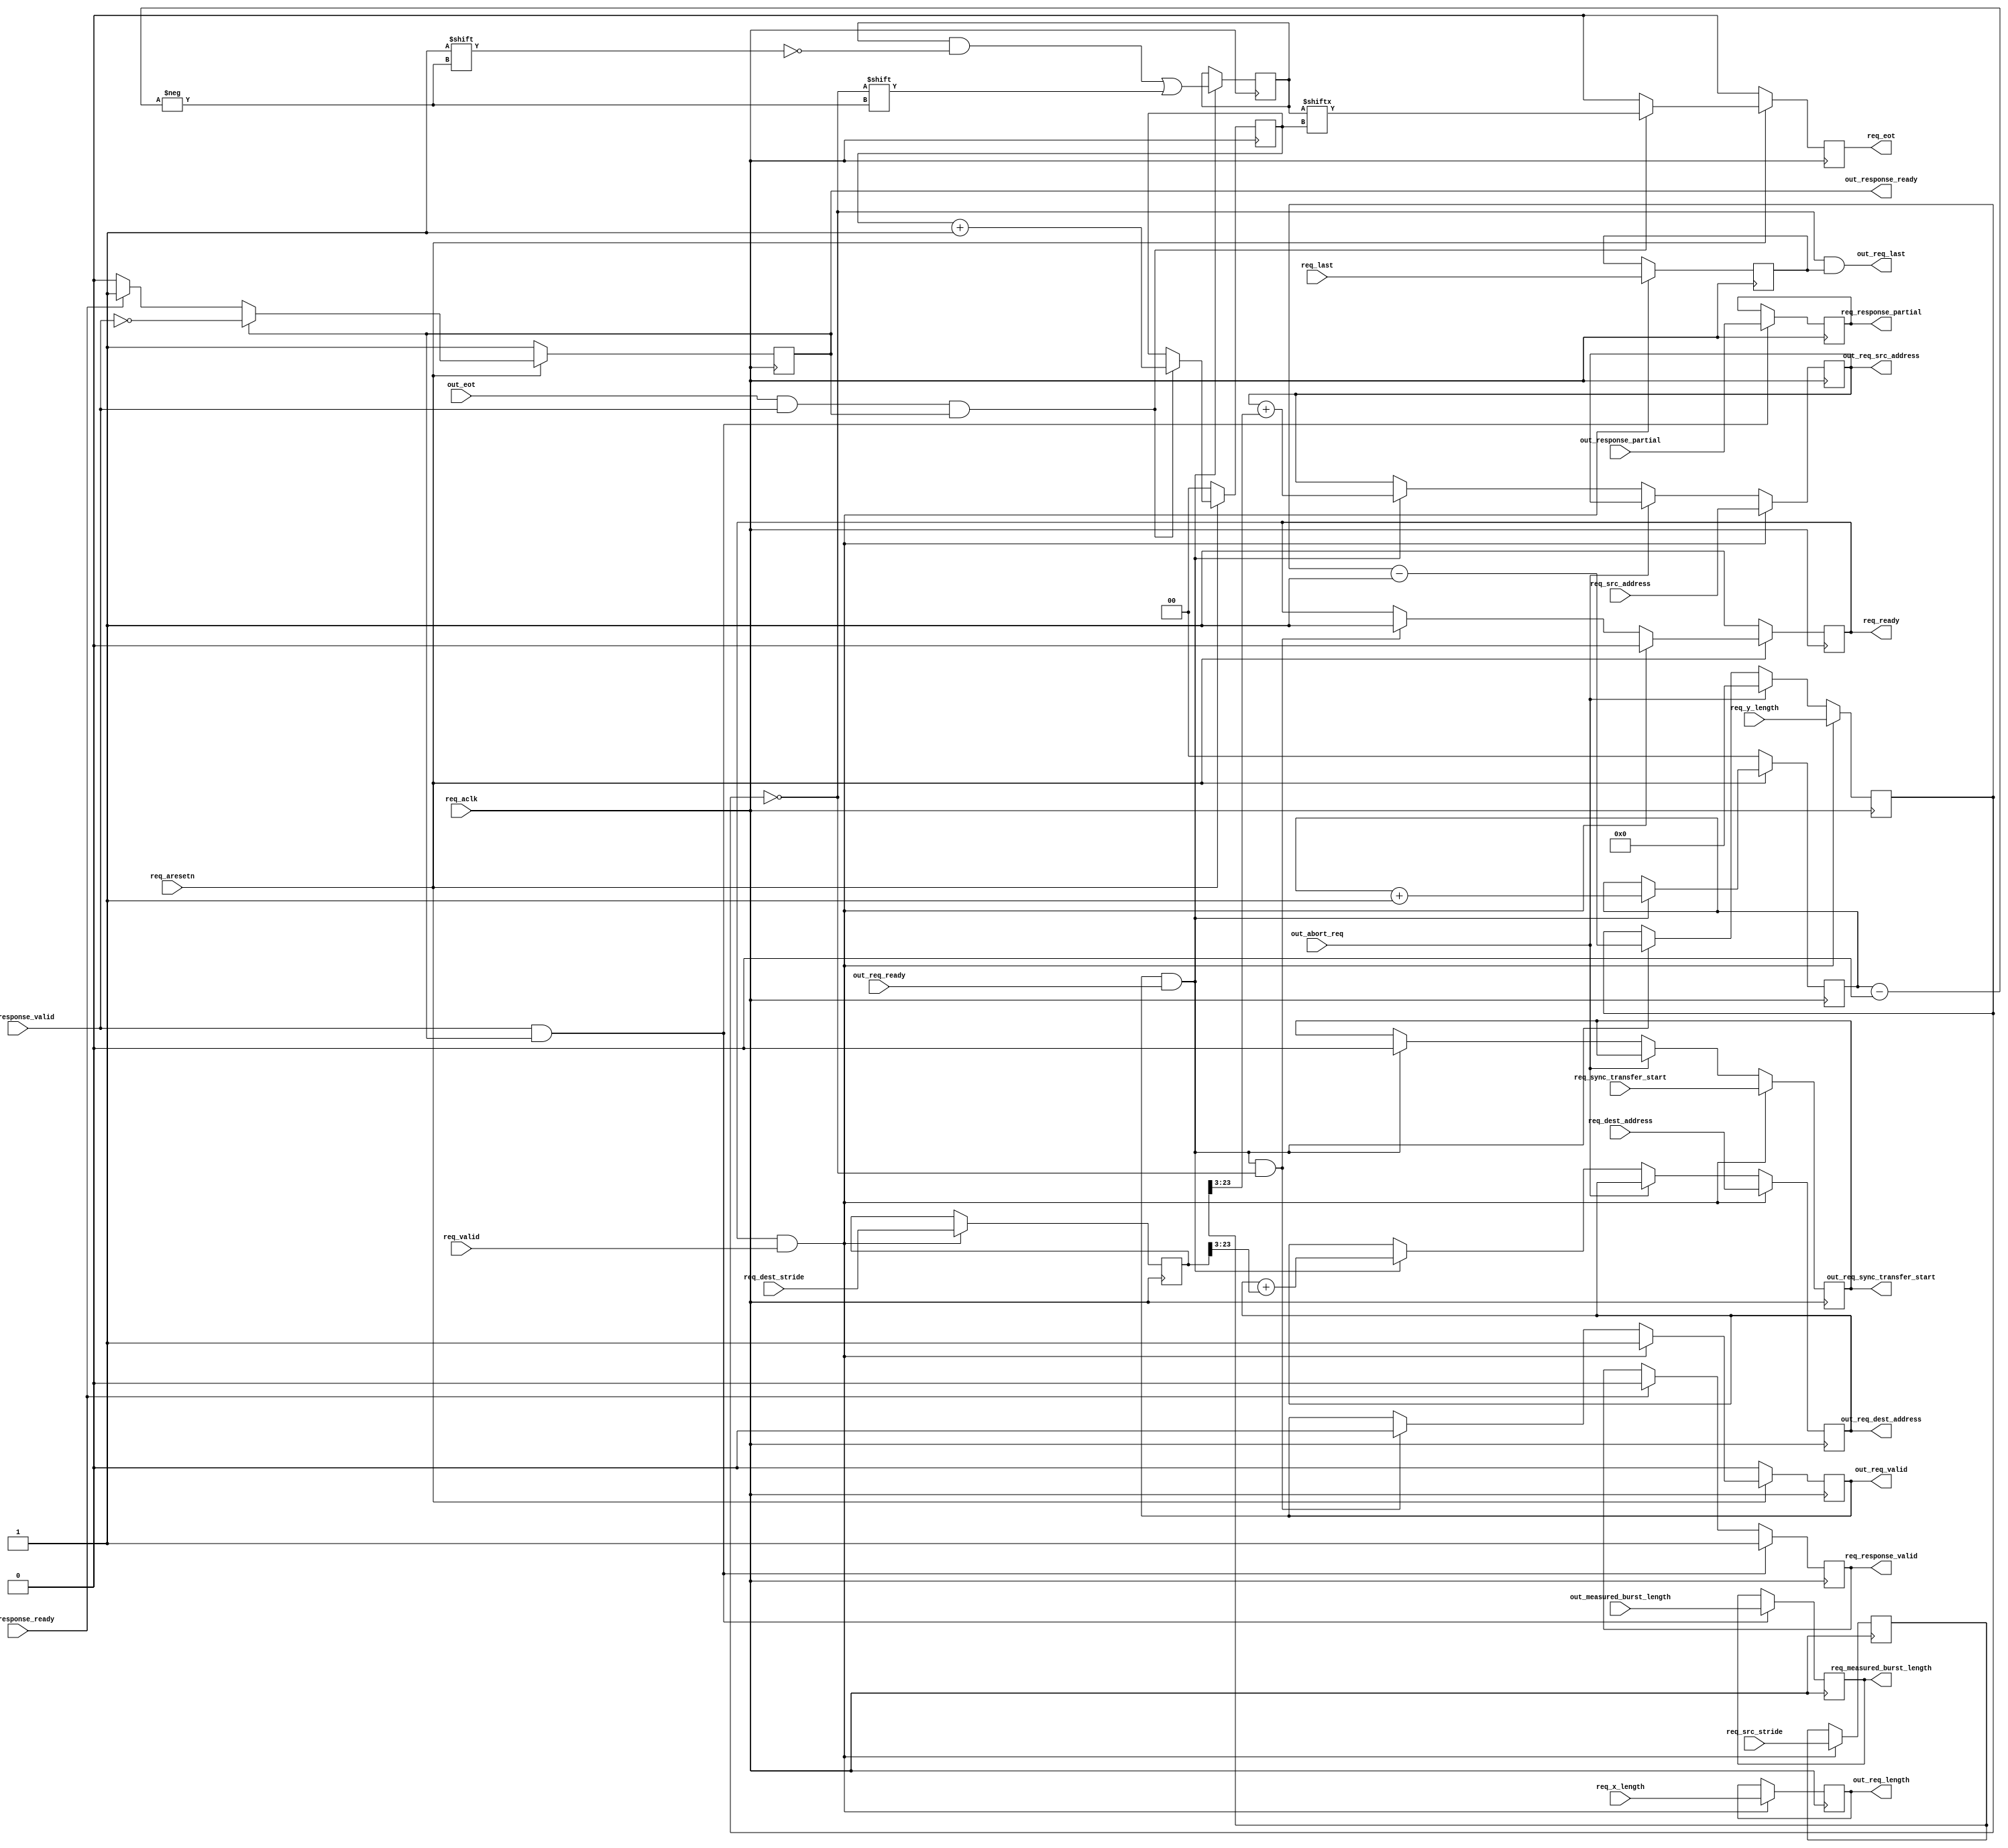
// ***************************************************************************
// ***************************************************************************
// Copyright 2014 - 2017 (c) Analog Devices, Inc. All rights reserved.
//
// In this HDL repository, there are many different and unique modules, consisting
// of various HDL (Verilog or VHDL) components. The individual modules are
// developed independently, and may be accompanied by separate and unique license
// terms.
//
// The user should read each of these license terms, and understand the
// freedoms and responsibilities that he or she has by using this source/core.
//
// This core is distributed in the hope that it will be useful, but WITHOUT ANY
// WARRANTY; without even the implied warranty of MERCHANTABILITY or FITNESS FOR
// A PARTICULAR PURPOSE.
//
// Redistribution and use of source or resulting binaries, with or without modification
// of this file, are permitted under one of the following two license terms:
//
//   1. The GNU General Public License version 2 as published by the
//      Free Software Foundation, which can be found in the top level directory
//      of this repository (LICENSE_GPL2), and also online at:
//      <https://www.gnu.org/licenses/old-licenses/gpl-2.0.html>
//
// OR
//
//   2. An ADI specific BSD license, which can be found in the top level directory
//      of this repository (LICENSE_ADIBSD), and also on-line at:
//      https://github.com/analogdevicesinc/hdl/blob/master/LICENSE_ADIBSD
//      This will allow to generate bit files and not release the source code,
//      as long as it attaches to an ADI device.
//
// ***************************************************************************
// ***************************************************************************

`timescale 1ns/100ps

module dmac_2d_transfer #(

  parameter DMA_AXI_ADDR_WIDTH = 32,
  parameter DMA_LENGTH_WIDTH = 24,
  parameter BYTES_PER_BURST_WIDTH = 7,
  parameter BYTES_PER_BEAT_WIDTH_SRC = 3,
  parameter BYTES_PER_BEAT_WIDTH_DEST = 3)(

  input req_aclk,
  input req_aresetn,

  input req_valid,
  output reg req_ready,

  input [DMA_AXI_ADDR_WIDTH-1:BYTES_PER_BEAT_WIDTH_DEST] req_dest_address,
  input [DMA_AXI_ADDR_WIDTH-1:BYTES_PER_BEAT_WIDTH_SRC] req_src_address,
  input [DMA_LENGTH_WIDTH-1:0] req_x_length,
  input [DMA_LENGTH_WIDTH-1:0] req_y_length,
  input [DMA_LENGTH_WIDTH-1:0] req_dest_stride,
  input [DMA_LENGTH_WIDTH-1:0] req_src_stride,
  input req_sync_transfer_start,
  input req_last,

  output reg req_eot,
  output reg [BYTES_PER_BURST_WIDTH-1:0] req_measured_burst_length,
  output reg req_response_partial,
  output reg req_response_valid,
  input req_response_ready,

  input out_abort_req,

  output reg out_req_valid,
  input out_req_ready,
  output [DMA_AXI_ADDR_WIDTH-1:BYTES_PER_BEAT_WIDTH_DEST] out_req_dest_address,
  output [DMA_AXI_ADDR_WIDTH-1:BYTES_PER_BEAT_WIDTH_SRC] out_req_src_address,
  output [DMA_LENGTH_WIDTH-1:0] out_req_length,
  output reg out_req_sync_transfer_start,
  output out_req_last,

  input out_eot,
  input [BYTES_PER_BURST_WIDTH-1:0] out_measured_burst_length,
  input out_response_partial,
  input out_response_valid,
  output reg out_response_ready = 1'b1

);

reg [DMA_AXI_ADDR_WIDTH-1:BYTES_PER_BEAT_WIDTH_DEST] dest_address = 'h00;
reg [DMA_AXI_ADDR_WIDTH-1:BYTES_PER_BEAT_WIDTH_SRC] src_address = 'h00;
reg [DMA_LENGTH_WIDTH-1:0] x_length = 'h00;
reg [DMA_LENGTH_WIDTH-1:0] y_length = 'h00;
reg [DMA_LENGTH_WIDTH-1:0] dest_stride = 'h0;
reg [DMA_LENGTH_WIDTH-1:0] src_stride = 'h00;

reg gen_last = 'h0;

reg [1:0] req_id = 'h00;
reg [1:0] eot_id = 'h00;
reg [3:0] last_req = 'h00;

wire out_last;

assign out_req_dest_address = dest_address;
assign out_req_src_address = src_address;
assign out_req_length = x_length;
assign out_last = y_length == 'h00;

always @(posedge req_aclk) begin
  if (req_aresetn == 1'b0) begin
    req_id <= 2'b0;
    eot_id <= 2'b0;
    req_eot <= 1'b0;
  end else begin
    if (out_req_valid == 1'b1 && out_req_ready == 1'b1) begin
      req_id <= req_id + 1'b1;
    end

    if (out_eot == 1'b1 && out_response_valid == 1'b1 && out_response_ready == 1'b1) begin
      eot_id <= eot_id + 1'b1;
      req_eot <= last_req[eot_id];
    end else begin
      req_eot <= 1'b0;
    end
  end
end

always @(posedge req_aclk) begin
  if (out_req_valid == 1'b1 && out_req_ready == 1'b1) begin
    last_req[req_id] <= out_last;
  end
end

always @(posedge req_aclk) begin
  if (out_response_valid == 1'b1 && out_response_ready == 1'b1) begin
    req_measured_burst_length <= out_measured_burst_length;
    req_response_partial <= out_response_partial;
  end
end

always @(posedge req_aclk) begin
  if (out_response_valid == 1'b1 && out_response_ready == 1'b1) begin
    req_response_valid <= 1'b1;
  end else if (req_response_ready == 1'b1) begin
    req_response_valid <= 1'b0;
  end
end

always @(posedge req_aclk) begin
  if (req_aresetn == 1'b0) begin
    out_response_ready <= 1'b1;
  end else if (out_response_ready == 1'b1) begin
    out_response_ready <= ~out_response_valid;
  end else if (req_response_ready == 1'b1) begin
    out_response_ready <= 1'b1;
  end
end

always @(posedge req_aclk) begin
  if (req_ready == 1'b1 && req_valid == 1'b1) begin
    dest_address <= req_dest_address;
    src_address <= req_src_address;
    x_length <= req_x_length;
    y_length <= req_y_length;
    dest_stride <= req_dest_stride;
    src_stride <= req_src_stride;
    out_req_sync_transfer_start <= req_sync_transfer_start;
    gen_last <= req_last;
  end else if (out_abort_req == 1'b1) begin
    y_length <= 0;
  end else if (out_req_valid == 1'b1 && out_req_ready == 1'b1) begin
    dest_address <= dest_address + dest_stride[DMA_LENGTH_WIDTH-1:BYTES_PER_BEAT_WIDTH_DEST];
    src_address <= src_address + src_stride[DMA_LENGTH_WIDTH-1:BYTES_PER_BEAT_WIDTH_SRC];
    y_length <= y_length - 1'b1;
    out_req_sync_transfer_start <= 1'b0;
  end
end

always @(posedge req_aclk) begin
  if (req_aresetn == 1'b0) begin
    req_ready <= 1'b1;
    out_req_valid <= 1'b0;
  end else begin
    if (req_ready == 1'b1 && req_valid == 1'b1) begin
      req_ready <= 1'b0;
      out_req_valid <= 1'b1;
    end else if (out_req_valid == 1'b1 && out_req_ready == 1'b1 &&
                 out_last == 1'b1) begin
      out_req_valid <= 1'b0;
      req_ready <= 1'b1;
    end
  end
end

assign out_req_last = out_last & gen_last;

endmodule